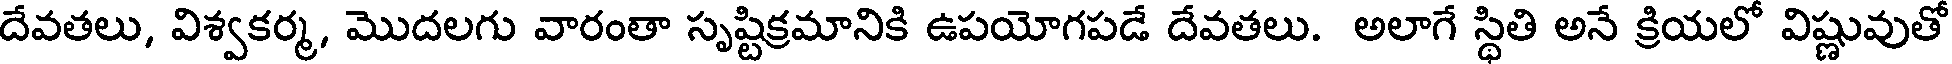
దేవతలు, విశ్వకర్మ, మొదలగు వారంతా సృష్టిక్రమానికి ఉపయోగపడే దేవతలు. అలాగే స్థితి అనే క్రియలో విష్ణువుతో